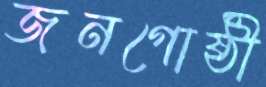
জনগোষ্ঠী